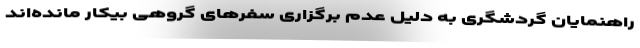
راهنمایان گردشگری به دلیل عدم برگزاری سفرهای گروهی بیکار مانده‌اند